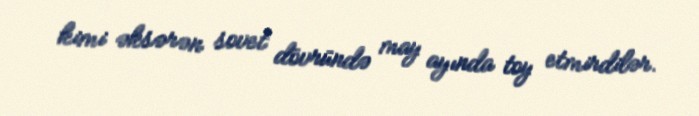
kimi əksərən sovet dövründə may ayında toy etmirdilər.